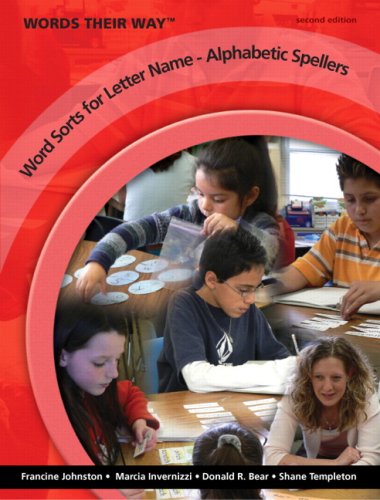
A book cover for Words Their Way: Word Sorts for Letter Name - Alphabetic Spellers (2nd Edition)  (Three-hole Punched); Francine A. Johnston; Education & Teaching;